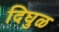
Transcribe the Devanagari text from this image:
दिघुळ